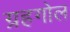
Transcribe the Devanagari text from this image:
ग्रहगोल